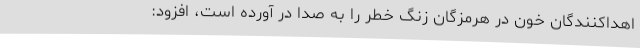
اهداکنندگان خون در هرمزگان زنگ خطر را به صدا در آورده است، افزود: